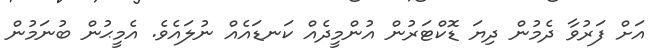
އަށް ފަރުވާ ދެެމުން ދިޔަ ޑޮކްޓަރުން އުންމީދެއް ކަނޑައެއް ނުލައެެވެ. އެެމީޙުން ބުނަމުން